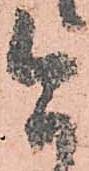
今